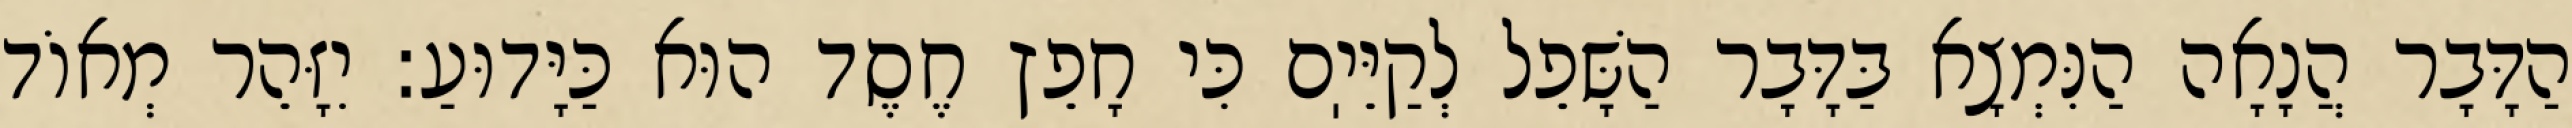
הַדָּבָר הֲנָאָה הַנִּמְצָא בַּדָּבָר הַשָּׁפֵל לְקַיֵּיֽם כִּי חָפֵץ חֶסֶד הוּא כַּיָּדוּעַ: יִזָּהֵר מְאוֹד